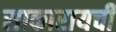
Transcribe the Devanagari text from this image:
साकारायची